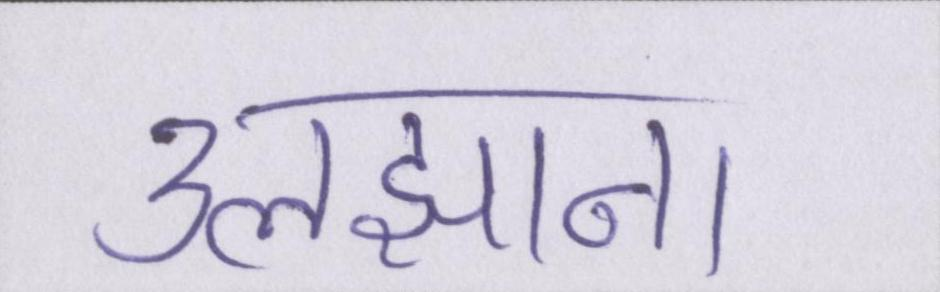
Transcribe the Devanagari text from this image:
उलझाना